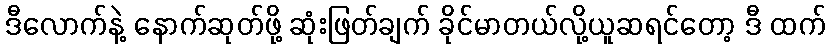
ဒီလောက်နဲ့ နောက်ဆုတ်ဖို့ ဆုံးဖြတ်ချက် ခိုင်မာတယ်လို့ယူဆရင်တော့ ဒီ ထက်